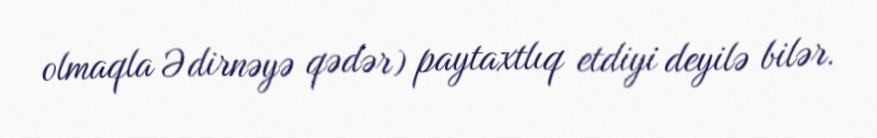
olmaqla Ədirnəyə qədər) paytaxtlıq etdiyi deyilə bilər.